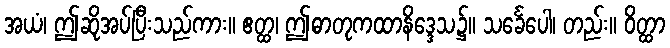
အယံ၊ ဤဆိုအပ်ပြီးသည်ကား။ ဧတ္ထ၊ ဤဓာတုကထာနိဒ္ဒေသ၌။ သင်္ခေပေါ၊ တည်း။ ဝိတ္ထာ